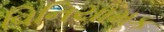
વિનિયામક